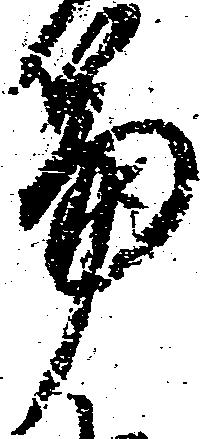
篇